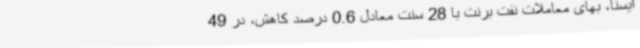
ایسنا، بهای معاملات نفت برنت با 28 سنت معادل 0.6 درصد کاهش، در 49